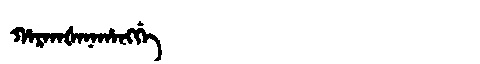
Manchu: ᡥᠠᡵᡤᠠᡧᠠᠨᠠᡥᠠᠩᡤᡝ
Romanization: HARGAŠANAHANGGE